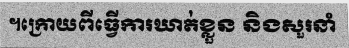
។ក្រោយពីធ្វើការឃាត់ខ្លួន និងសួរនាំ